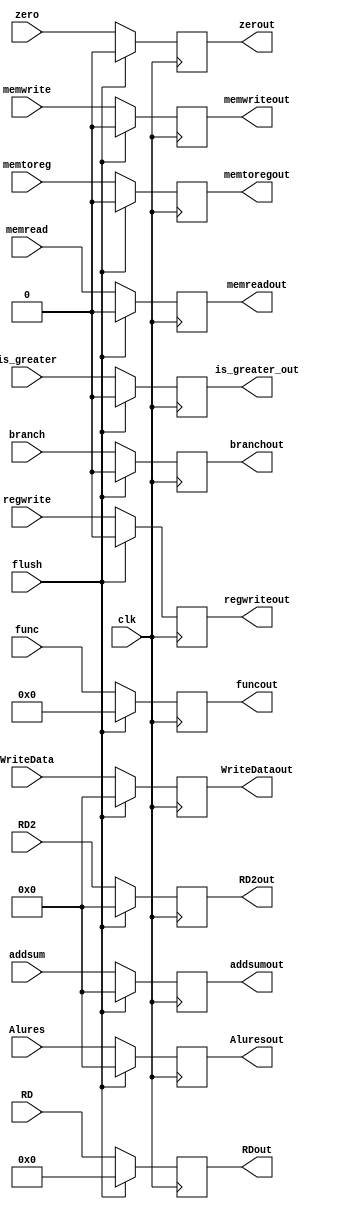
`timescale 1ns / 1ps
module EX_MEM_h(
input clk,

input flush,

input [63:0]addsum, 

input [63:0]Alures, 

input zero, 

input is_greater,

input [63:0]RD2, 

input [4:0]RD, 

input regwrite, memtoreg, branch, memread,memwrite, 

input [3:0]func,

input [63:0]WriteData,

output reg[63:0]addsumout, 

output reg[63:0]Aluresout, 

output reg zerout,

output reg is_greater_out, 

output reg [63:0]RD2out, 

output reg [4:0]RDout, 

output reg regwriteout, memtoregout, branchout, memreadout, memwriteout ,

output reg[3:0] funcout,

output reg[63:0]WriteDataout



); 
always @(posedge clk)
begin
if (flush)
begin
    addsumout = 0; 

    Aluresout = 0; 

    zerout = 0; 
    
    is_greater_out = 0;

    RD2out = 0; 

    RDout = 0; 

    regwriteout = 0; 

    memtoregout = 0; 

    branchout = 0; 

    memreadout = 0; 

    memwriteout = 0; 
    
    funcout = 0;
    
    WriteDataout = 0;
    
end
else
begin
    addsumout = addsum; 

    Aluresout = Alures; 

    zerout = zero; 
    
    is_greater_out = is_greater;

    RD2out = RD2; 

    RDout = RD; 

    regwriteout = regwrite; 

    memtoregout = memtoreg; 

    branchout = branch; 

    memreadout = memread; 

    memwriteout = memwrite; 
    
    funcout = func;
    
    WriteDataout = WriteData;  
    
end

end

endmodule